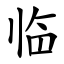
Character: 临